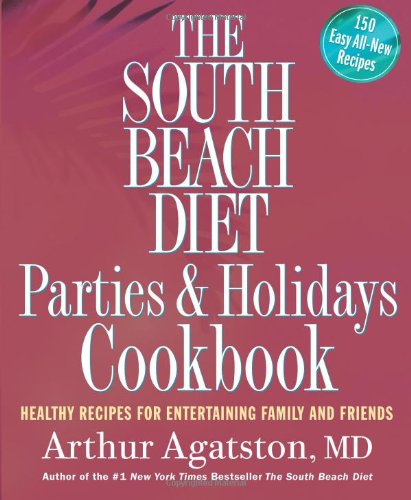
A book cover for The South Beach Diet Parties and Holidays Cookbook: Healthy Recipes for Entertaining Family and Friends; Arthur Agatston; Health, Fitness & Dieting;